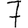
Digit: 7